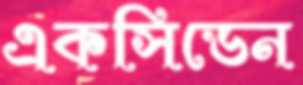
একসিডেন